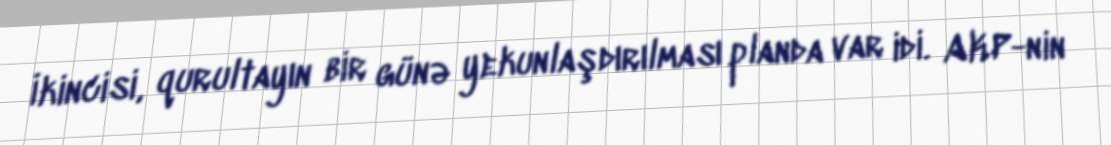
İkincisi, qurultayın bir günə yekunlaşdırılması planda var idi. AKP-nin